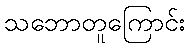
သဘောတူကြောင်း